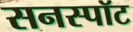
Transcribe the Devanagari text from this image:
सनस्पॉट